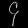
Digit: ၄